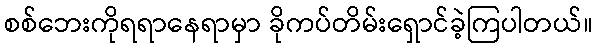
စစ်ဘေးကိုရရာနေရာမှာ ခိုကပ်တိမ်းရှောင်ခဲ့ကြပါတယ်။